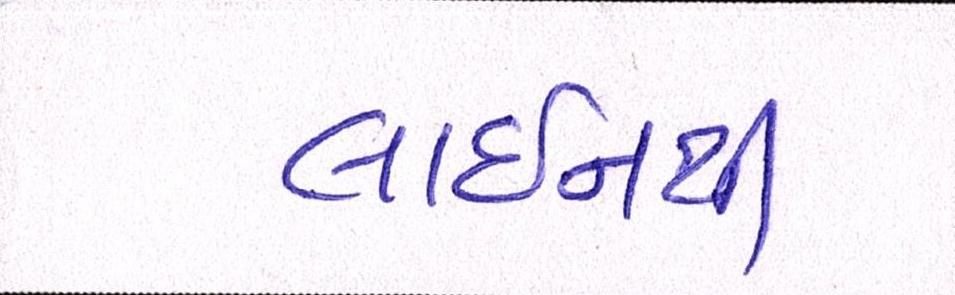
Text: લાઈનથી